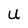
Character: U